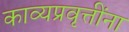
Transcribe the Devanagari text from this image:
काव्यप्रवृत्तींना